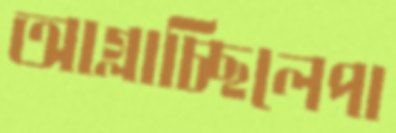
আগ্‌লাচ্ছিলেপা